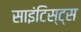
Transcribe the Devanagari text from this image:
साइंटिस्ट्स